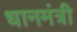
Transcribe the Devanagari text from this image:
धानमंत्री